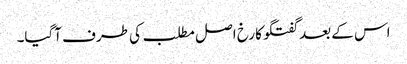
اس کے بعد گفتگو کا رخ اصل مطلب کی طرف آگیا۔